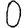
Digit: 0